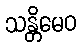
သန္တိမေဝ